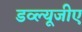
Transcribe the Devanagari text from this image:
डव्ल्यूजीए